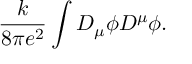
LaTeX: \frac { k } { 8 \pi e ^ { 2 } } \int D _ { \mu } \phi D ^ { \mu } \phi .